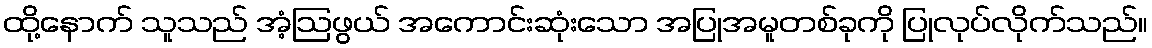
ထို့နောက် သူသည် အံ့ဩဖွယ် အကောင်းဆုံးသော အပြုအမူတစ်ခုကို ပြုလုပ်လိုက်သည်။